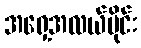
အရှေ့အလယ်ပိုင်း